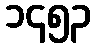
၁၄၅၃